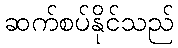
ဆက်စပ်နိုင်သည်